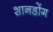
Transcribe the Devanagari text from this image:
शानडोंग